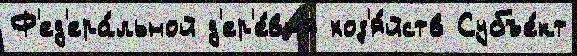
Ф'ед'ера́льной д'ер'е́вн'я хоз'я́йств Субъе́кт